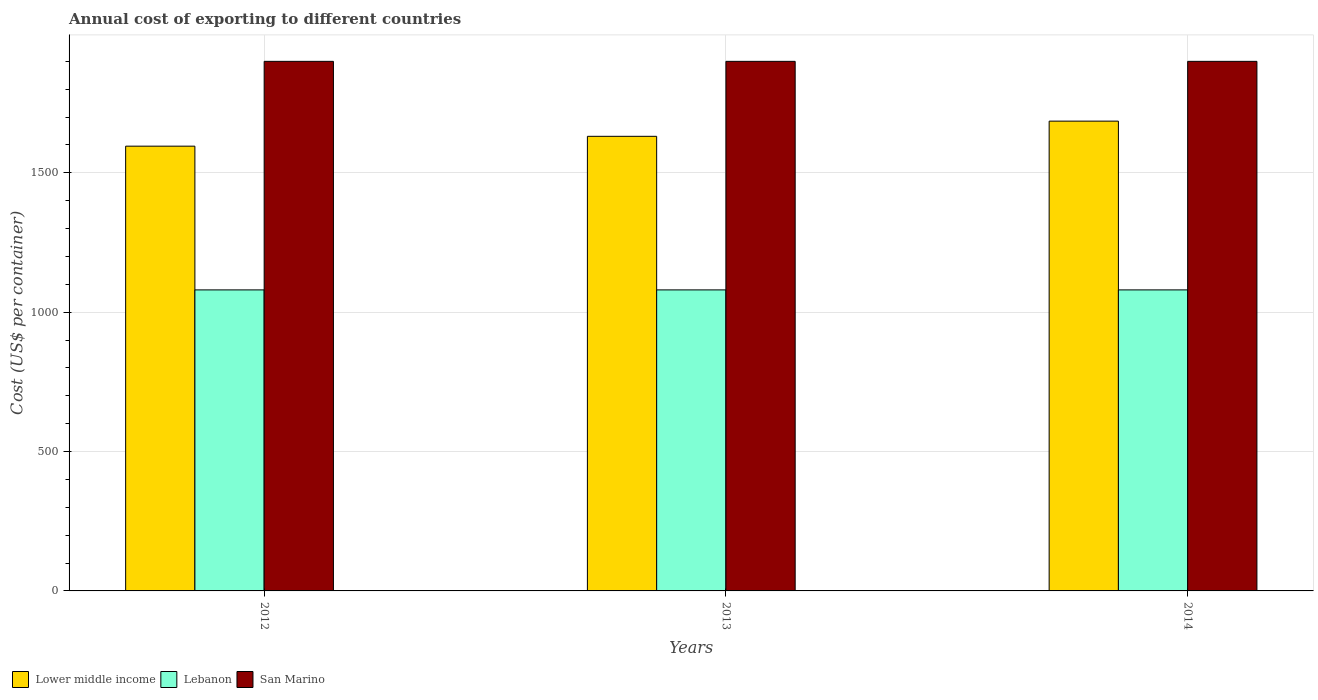
| Years | Lower middle income | Lebanon | San Marino |
 | --- | --- | --- | --- |
 | 2012 | 1.6e+03 | 1.08e+03 | 1.9e+03 |
 | 2013 | 1.63e+03 | 1.08e+03 | 1.9e+03 |
 | 2014 | 1.69e+03 | 1.08e+03 | 1.9e+03 |